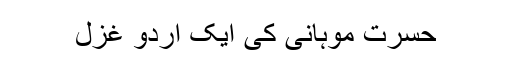
حسرت موہانی کی ایک اردو غزل